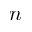
n